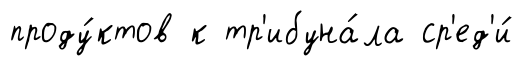
проду́ктов к тр'ибуна́ла ср'ед'и́